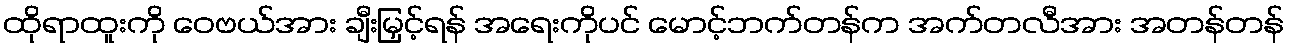
ထိုရာထူးကို ဝေဗယ်အား ချီးမြှင့်ရန် အရေးကိုပင် မောင့်ဘက်တန်က အက်တလီအား အတန်တန်